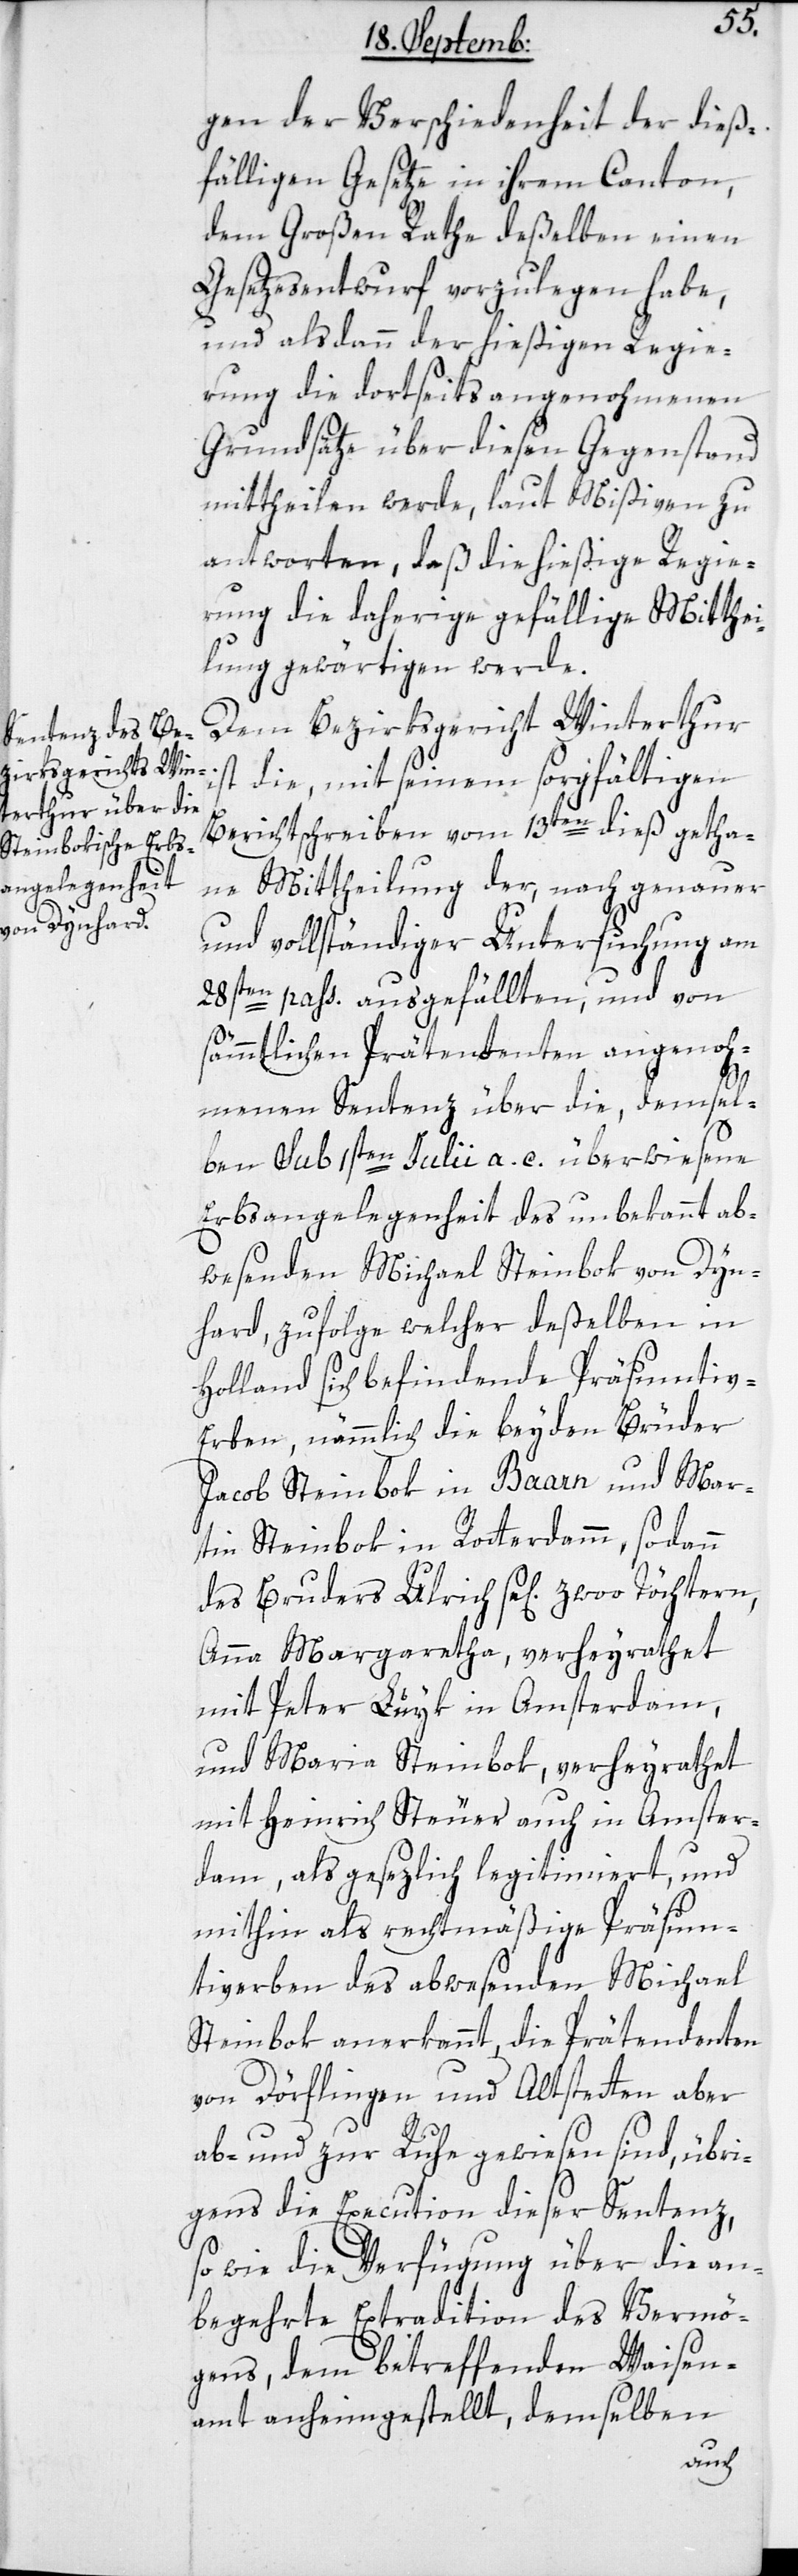
gen der Verschiedenheit der dieß¬
fälligen Gesetze in ihrem Canton,
dem Großen Rathe deßelben einen
Gesetzesentwurf vorzulegen habe,
und alsdann der hießigen Regie¬
rung die dortseits angenohmenen
Grundsätze über diesen Gegenstand
mittheilen werde, laut Mißiven zu
antworten, daß die hießige Regie¬
rung die daherige gefällige Mitthei¬
lung gewärtigen werde.
Dem Bezirksgericht Winterthur
ist die, mit seinem sorgfältigen
Berichtschreiben vom 13ten dieß getha¬
ne Mittheilung der, nach genauer
und vollständiger Untersuchung am
28sten pass. ausgefällten, und von
sämmtlichen Prätendenten angenoh¬
menen Sentenz über die, demsel¬
ben sub 1sten Julii a. c. überwiesene
Erbsangelegenheit des unbekannt ab¬
wesenden Michael Steinbok von Dyn¬
hard, zufolge welcher deßelben in
Holland sich befindende Präsumtiv-E¬
rben, nämmlich die beyden Brüder
Jacob Steinbok in Baarn und Mar¬
tin Steinbok in Rotterdamm, sodann
Anna Margaretha, verheyrathet
mit Peter Luyk in Amsterdam,
und Maria Steinbok, verheyrathet
mit Heinrich Steuer, auch in Amster¬
dam, als gesetzlich legitimiert, und
mithin als rechtmäßige Präsum¬
tiverben des abwesenden Michael
Steinbok anerkannt, die Prätendenten
von Dörflingen und Altstetten aber
ab- und zur Ruhe gewiesen sind, übri¬
gens die Execution dieser Sentenz,
sowie die Verfügung über die an¬
begehrte Extradition des Vermö¬
gens, dem betreffenden Waisen¬
amt anheimgestellt, demselben